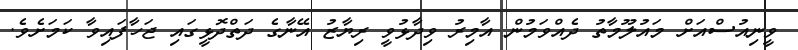
ވީނިއުސްއަށް މައުލޫމާތު ދެއްވަމުން އާމިރު ވިދާޅުވީ ރިޔާޒު އޭނާގެ ދަތްދޮޅީގައި ޖަހާފައިވާ ކަމަށެވެ.